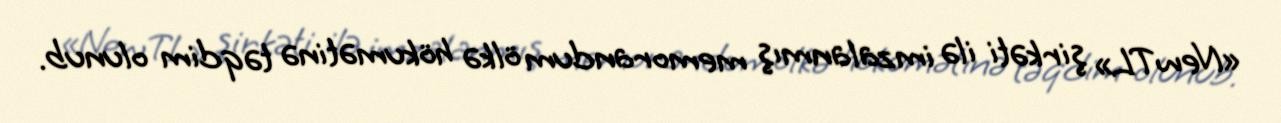
«NewTL» şirkəti ilə imzalanmış memorandum ölkə hökumətinə təqdim olunub.